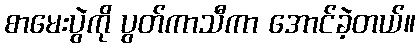
စာမေးပွဲကို ပွတ်ကာသီကာ အောင်ခဲ့တယ်။